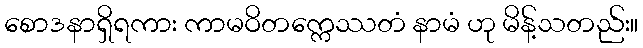
စောဒနာရှိရကား ကာမဝိတက္ကေဿတံ နာမံ ဟု မိန့်သတည်း။